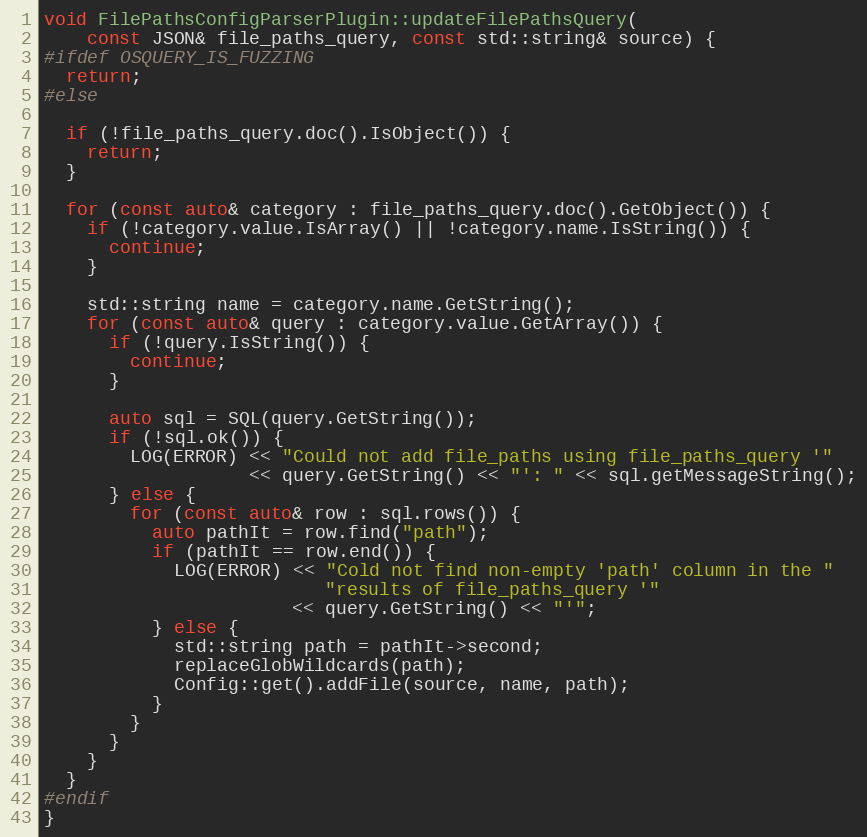
Language: C++
void FilePathsConfigParserPlugin::updateFilePathsQuery(
    const JSON& file_paths_query, const std::string& source) {
#ifdef OSQUERY_IS_FUZZING
  return;
#else

  if (!file_paths_query.doc().IsObject()) {
    return;
  }

  for (const auto& category : file_paths_query.doc().GetObject()) {
    if (!category.value.IsArray() || !category.name.IsString()) {
      continue;
    }

    std::string name = category.name.GetString();
    for (const auto& query : category.value.GetArray()) {
      if (!query.IsString()) {
        continue;
      }

      auto sql = SQL(query.GetString());
      if (!sql.ok()) {
        LOG(ERROR) << "Could not add file_paths using file_paths_query '"
                   << query.GetString() << "': " << sql.getMessageString();
      } else {
        for (const auto& row : sql.rows()) {
          auto pathIt = row.find("path");
          if (pathIt == row.end()) {
            LOG(ERROR) << "Cold not find non-empty 'path' column in the "
                          "results of file_paths_query '"
                       << query.GetString() << "'";
          } else {
            std::string path = pathIt->second;
            replaceGlobWildcards(path);
            Config::get().addFile(source, name, path);
          }
        }
      }
    }
  }
#endif
}